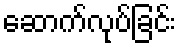
ဆောက်လုပ်ခြင်း